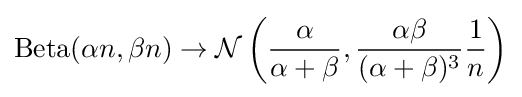
\operatorname {Beta} (\alpha n,\beta n)\to {\mathcal {N}}\left({\frac {\alpha }{\alpha +\beta }},{\frac {\alpha \beta }{(\alpha +\beta )^{3}}}{\frac {1}{n}}\right)